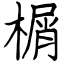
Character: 榍